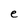
Character: e